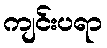
ကျင်းပရာ